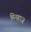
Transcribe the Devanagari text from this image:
मिनहाज़